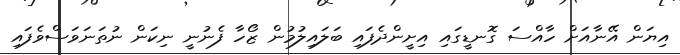
އިޔަން އޭނާއަށް ހާއްސަ ގޮނޑީގައި އިށީންދެފައި ބަލައިލުމުން ޒޯހާ ފެނުނީ ނިކަން ނުތަނަވަސްވެފައި